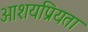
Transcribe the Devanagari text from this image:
आशयप्रियता